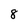
Character: 8